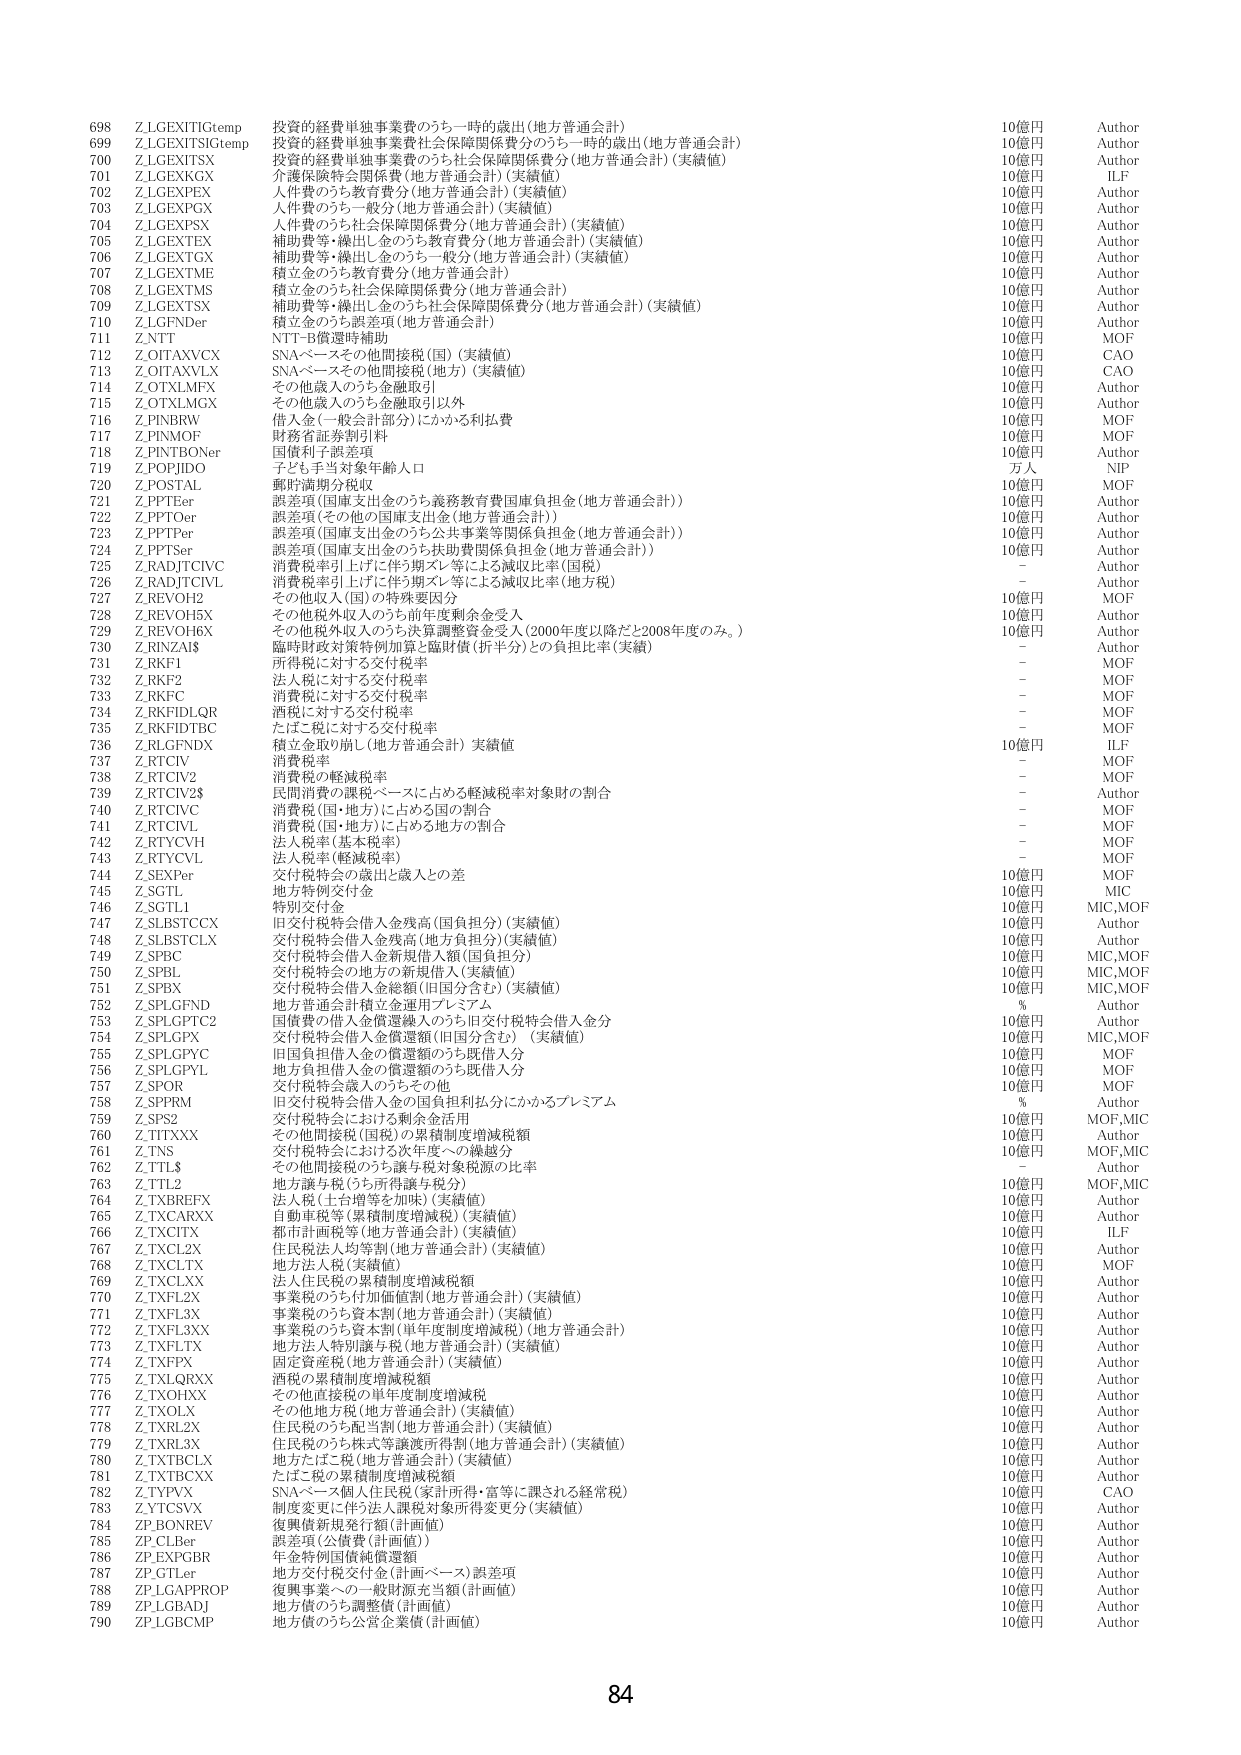
698 Z_LGEXITIGtemp 投資の経費単独事業費のうち一時的歳出(地方普通会計) 10億円 Author
699 Z_LGEXITSIGtemp 投資の経費単独事業費社会保障関係費分のうち一時的歳出(地方普通会計) 10億円 Author
700 Z_LGEXITSX 投資の経費単独事業費のうち社会保障関係費分(地方普通会計)(実績値) 10億円 Author
701 Z_LGEXKGX 介護保険料等関係費(地方普通会計)(実績値) 10億円 ILF
702 Z_LGEXPEX 人件費のうち教育費分(地方普通会計)(実績値) 10億円 Author
703 Z_LGEXPGX 人件費のうち一般分(地方普通会計)(実績値) 10億円 Author
704 Z_LGEXPSX 人件費のうち社会保障関係費分(地方普通会計)(実績値) 10億円 Author
705 Z_LGEXTFX 補助費等・繰出し金のうち教育費分(地方普通会計)(実績値) 10億円 Author
706 Z_LGEXTGX 補助費等・繰出し金のうち社会保障関係費分(地方普通会計)(実績値) 10億円 Author
707 Z_LGEXTME 積立金のうち教育費分(地方普通会計) 10億円 Author
708 Z_LGEXTMS 積立金のうち社会保障関係費分(地方普通会計) 10億円 Author
709 Z_LGEXTSX 補助費等・繰出し金のうち社会保障関係費分(地方普通会計)(実績値) 10億円 Author
710 Z_LGFNDer 積立金のうち誤差項(地方普通会計) 10億円 Author
711 Z_NTT NTT-B償還時補助 10億円 MOF
712 Z_OITAXVCX SNAベースその他間接税(国)(実績値) 10億円 CAO
713 Z_OITAXVLX SNAベースその他間接税(地方)(実績値) 10億円 CAO
714 Z_OTXLMFX その他歳入のうち金融取引 10億円 Author
715 Z_OTXLMGX その他歳入のうち金融取引以外 10億円 Author
716 Z_PINBRW 借入金(一般会計部分)にかかる利払費 10億円 MOF
717 Z_PINMOF 財務省証券割引料 10億円 MOF
718 Z_PINTBONer 国債利子誤差項 10億円 Author
719 Z_POPJIDO 子ども手当対象年齢人口 万人 NIP
720 Z_POSTAL 郵貯満期分税収 10億円 MOF
721 Z_PPTEer 誤差項(国庫支出金のうち義務教育費国庫負担金(地方普通会計)) 10億円 Author
722 Z_PPTOer 誤差項(その他の国庫支出金(地方普通会計)) 10億円 Author
723 Z_PPTPer 誤差項(国庫支出金のうち公共事業等関係負担金(地方普通会計)) 10億円 Author
724 Z_PPTSer 誤差項(国庫支出金のうち扶助費関係負担金(地方普通会計)) 10億円 Author
725 Z_RADJTCVVC 消費税率引上げに伴う期ズレ等による減収比率(国税) - Author
726 Z_RADJTCVVL 消費税率引上げに伴う期ズレ等による減収比率(地方税) - Author
727 Z_REVOH2 その他収入(国)の特殊要因分 10億円 MOF
728 Z_REVOH5X その他税外収入のうち前年度剰余金受入 10億円 Author
729 Z_REVOH6X その他税外収入のうち決算調整資金受入(2000年度以降だと2008年度のみ。) 10億円 Author
730 Z_RINZAIS 臨時財政対策特例加算と臨時債(折半分)との負担比率(実績) - Author
731 Z_RKF1 所得税に対する交付税率 - MOF
732 Z_RKF2 法人税に対する交付税率 - MOF
733 Z_RKFC 消費税に対する交付税率 - MOF
734 Z_RKFIDLQR 酒税に対する交付税率 - MOF
735 Z_RKFIDTBC たばこ税に対する交付税率 - MOF
736 Z_RLGFNDX 積立金取り崩し(地方普通会計)実績値 10億円 ILF
737 Z_RTCIV 消費税率 - MOF
738 Z_RTCIV2 消費税の軽減税率 - MOF
739 Z_RTCIV2$ 民間消費の課税ベースに占める軽減税率対象財の割合 - Author
740 Z_RTCIVC 消費税(国・地方)に占める国の割合 - MOF
741 Z_RTCIVL 消費税(国・地方)に占める地方の割合 - MOF
742 Z_RTYCVH 法人税率(基本税率) - MOF
743 Z_RTYCVL 法人税率(軽減税率) - MOF
744 Z_SEXPer 交付税特会の歳出と歳入との差 10億円 MOF
745 Z_SGTL 地方特例交付金 10億円 MIC
746 Z_SGTL1 特別交付金 10億円 MIC,MOF
747 Z_SLBSTCCX 旧交付税特会借入金残高(国負担分)(実績値) 10億円 Author
748 Z_SLBSTCLX 交付税特会借入金残高(地方負担分)(実績値) 10億円 Author
749 Z_SPBC 交付税特会借入金新規借入額(国負担分) 10億円 MIC,MOF
750 Z_SPBL 交付税特会(地方)の新規借入(実績値) 10億円 MIC,MOF
751 Z_SPBX 交付税特会借入金総額(旧国分含む)(実績値) 10億円 MIC,MOF
752 Z_SPLGFND 地方普通会計積立金運用プレミアム % Author
753 Z_SPLGPTC2 国債費の借入金償還繰入のうち旧交付税特会借入金分 10億円 Author
754 Z_SPLGPX 交付税特会借入金償還額(旧国分含む)(実績値) 10億円 MIC,MOF
755 Z_SPLGPYC 旧国負担借入金の償還額のうち既借入分 10億円 MOF
756 Z_SPLGPYL 地方負担借入金の償還額のうち既借入分 10億円 MOF
757 Z_SPOR 交付税特会歳入のうちその他 10億円 MOF
758 Z_SPPRM 旧交付税特会借入金の国負担利払分にかかるプレミアム % Author
759 Z_SPS2 交付税特会における剰余金活用 10億円 MOF,MIC
760 Z_TITXXX その他間接税(国税)の累積制度増減税額 10億円 Author
761 Z_TNS 交付税特会における次年度への繰越分 10億円 MOF,MIC
762 Z_TTL$ その他間接税のうち譲与税対象税源の比率 - Author
763 Z_TTL2 地方譲与税(うち所得税与税分) 10億円 MOF,MIC
764 Z_TXBRFEX 法人税(土台増等を加味)(実績値) 10億円 Author
765 Z_TXCARXX 自動車税等(累積制度増減税)(実績値) 10億円 Author
766 Z_TXCITX 都市計画税等(地方普通会計)(実績値) 10億円 ILF
767 Z_TXCL2X 住民税法人均等割(地方普通会計)(実績値) 10億円 Author
768 Z_TXCLTX 地方法人税(実績値) 10億円 MOF
769 Z_TXCLXX 法人住民税の累積制度増減税額 10億円 Author
770 Z_TXFL2X 事業税のうち付加価値割(地方普通会計)(実績値) 10億円 Author
771 Z_TXFL3X 事業税のうち資本割(地方普通会計)(実績値) 10億円 Author
772 Z_TXFL3XX 事業税のうち資本割(単年度制度増減税)(地方普通会計) 10億円 Author
773 Z_TXFLTX 地方法人特別譲与税(地方普通会計)(実績値) 10億円 Author
774 Z_TXFPX 固定資産税(地方普通会計)(実績値) 10億円 Author
775 Z_TXLQRXX 酒税の累積制度増減税額 10億円 Author
776 Z_TXOHXX その他直接税の単年度制度増減税 10億円 Author
777 Z_TXOLX その他地方税(地方普通会計)(実績値) 10億円 Author
778 Z_TXRL2X 住民税のうち配当割(地方普通会計)(実績値) 10億円 Author
779 Z_TXRL3X 住民税のうち株式等譲渡所得割(地方普通会計)(実績値) 10億円 Author
780 Z_TXTBCLX 地方たばこ税(地方普通会計)(実績値) 10億円 Author
781 Z_TXTBCXX たばこ税の累積制度増減税額 10億円 Author
782 Z_TYPVX SNAベース個人住民税(家計所得・富等に課される経常税) 10億円 CAO
783 Z_YTCSVX 制度変更に伴う法人課税対象所得変更分(実績値) 10億円 Author
784 ZP_BONREV 復興債新規発行額(計画値) 10億円 Author
785 ZP_CLBer 誤差項(公債費(計画値)) 10億円 Author
786 ZP_EXPGBR 年金特例国債純償還額 10億円 Author
787 ZP_GT Ler 地方交付税交付金(計画ベース)誤差項 10億円 Author
788 ZP_LGAPPROP 復興事業への一般財源充当額(計画値) 10億円 Author
789 ZP_LGBADJ 地方債のうち調整債(計画値) 10億円 Author
790 ZP_LGBCMP 地方債のうち公営企業債(計画値) 10億円 Author
84